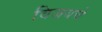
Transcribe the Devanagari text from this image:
विजयचे